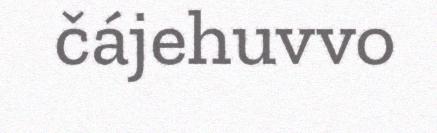
čájehuvvo